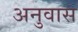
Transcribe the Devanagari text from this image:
अनुवास